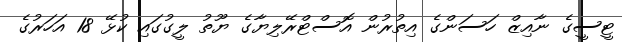
ޓީސީގެ ނާއިޒް ހަސަންގެ އިތުރުން އޮސްޓްރޭލިޔާގެ ޔޫތު ލީގުގައި ކުޅޭ 18 އަހަރުގެ